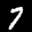
Label: 7